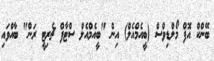
ބޭންކް އޮފް މޯލްޑިވްސް (ބީއެމްއެލް) އިން "ބީއެމްއެލް ސްޓާފް ޗެރިޓީ ރަން" ބާއްވައި